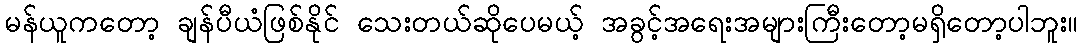
မန်ယူကတော့ ချန်ပီယံဖြစ်နိုင် သေးတယ်ဆိုပေမယ့် အခွင့်အရေးအများကြီးတော့မရှိတော့ပါဘူး။